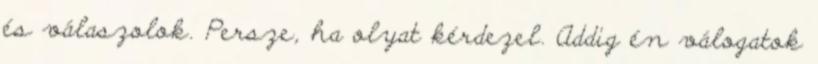
és válaszolok. Persze, ha olyat kérdezel. Addig én válogatok